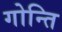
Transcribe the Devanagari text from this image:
गोन्ति